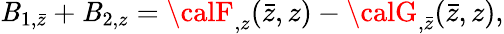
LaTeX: {\cal\mathit{B}}_{1,\bar{{z}}}+{\cal\mathit{B}}_{2,z}={\calF}_{,z}(\bar{{z}},z)-{\calG}_{,\bar{{z}}}(\bar{{z}},z),